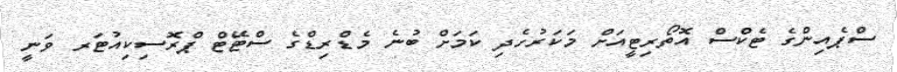
ސްޕެއިންގެ ޓެކްސް އޮތޯރިޓީއަށް މަކަރުހެދި ކަމަށް ބުނެ މެޑްރިޑްގެ ސްޓޭޓް ޕްރޮސިކިއުޓަރ ވަނީ